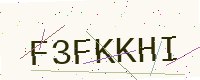
Text: F3FKKHI